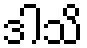
ဒါသိ